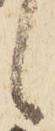
候